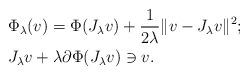
LaTeX: \begin{align*} &{\Phi}_{\lambda}(v) = \Phi (J_{\lambda}v) + \frac{1}{2 \lambda} \|v - J_{\lambda}v\|^2;\\ & J_{\lambda}v + \lambda \partial \Phi ( J_{\lambda}v) \ni v. \end{align*}